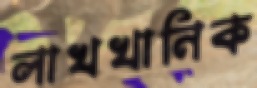
লাখখানিক